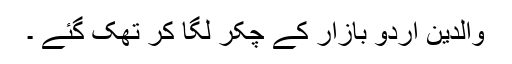
والدین اردو بازار کے چکر لگا کر تھک گئے ۔